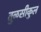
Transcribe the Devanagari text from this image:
तुळसीकुल